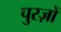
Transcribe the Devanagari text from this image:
पुरज़ों